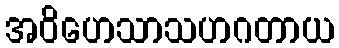
အဝိဟေသာသဟဂတာယ